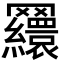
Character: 𦍃